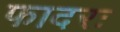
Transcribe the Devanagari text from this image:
फादरः